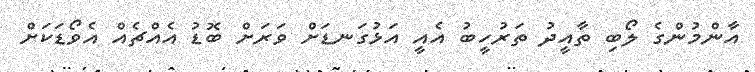
އާންމުންގެ ލޯބި ތާއީދު ތަރުހީބު އެއީ އަޅުގަނޑަށް ވަރަށް ބޮޑު އެއްޗެއް އެވޯޑަކަށް